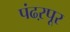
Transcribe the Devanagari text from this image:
पंढऱपूर